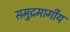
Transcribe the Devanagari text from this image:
समुद्रमार्गीय